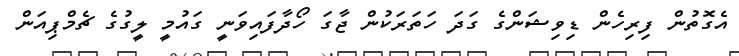
އެގޮތުން ފިރިހެން ޑިވިޝަންގެ ގަދަ ހަތަރަކުން ޖާގަ ހޯދާފައިވަނީ ގައުމީ ލީގުގެ ޗެމްޕިއަން